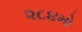
૨૮૪મો